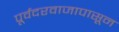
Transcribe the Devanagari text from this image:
पूर्वदरवाजापासून